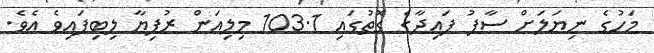
މަހުގެ ނިޔަލަށް ސާފު ފައިދާގެ ގޮތުގައި 103.1 މިލިއަން ރުފިޔާ ލިބިފައިވެ އެވެ.